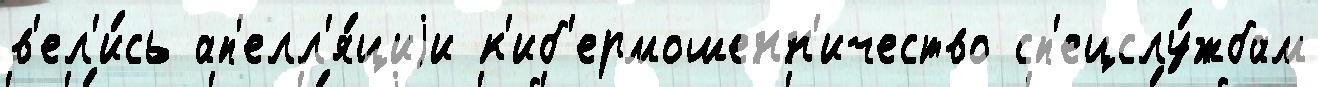
в'ел'и́сь ап'елл'я́циjи к'иб'ермошенн'ичество сп'ецслу́жбам